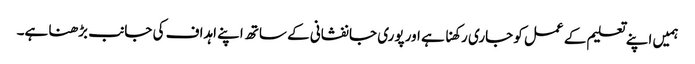
ہمیں اپنے تعلیم کے عمل کو جاری رکھنا ہے اور پوری جانفشانی کے ساتھ اپنے اہداف کی جانب بڑھنا ہے۔